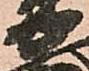
安